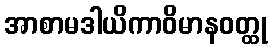
အာစာမဒါယိကာဝိမာနဝတ္ထု